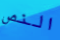
النص